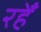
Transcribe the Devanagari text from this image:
रहेँ